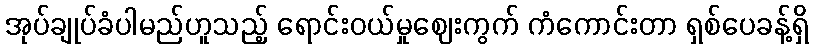
အုပ်ချုပ်ခံပါမည်ဟူသည့် ရောင်းဝယ်မှုဈေးကွက် ကံကောင်းတာ ရှစ်ပေခန့်ရှိ